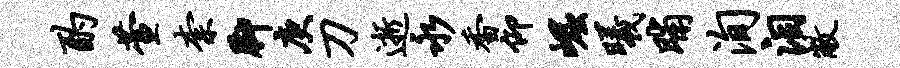
酌萱柰脚庚刀逝永香仰崛曦晡洵泪敝